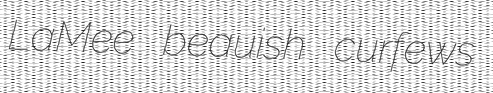
LaMee beauish curfews